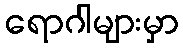
ရောဂါများမှာ